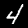
Label: 4